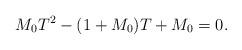
LaTeX: \begin{align*}M_0T^2-(1+M_0)T+M_0=0.\end{align*}